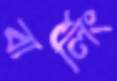
বার্লিং